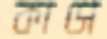
কাসে